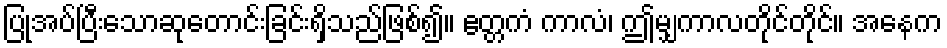
ပြုအပ်ပြီးသောဆုတောင်းခြင်းရှိသည်ဖြစ်၍။ ဧတ္တကံ ကာလံ၊ ဤမျှကာလတိုင်တိုင်။ အနေက